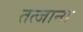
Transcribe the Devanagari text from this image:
तत्जाना